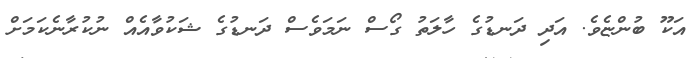
އަކޫ ބުންޏެވެ. އަދި ދަނޑުގެ ހާލަތު ގޯސް ނަމަވެސް ދަނޑުގެ ޝަކުވާއެއް ނުކުރާނެކަމަށް